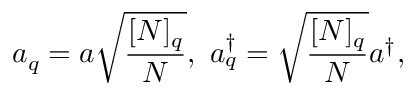
a _ { q } = a \sqrt { \frac { [ N ] _ { q } } { N } } , ~ a _ { q } ^ { \dagger } = \sqrt { \frac { [ N ] _ { q } } { N } } a ^ { \dagger } ,